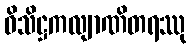
ဝိသိဋ္ဌကလျာဏိတရဿု